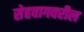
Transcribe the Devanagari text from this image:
सेहवागवरील